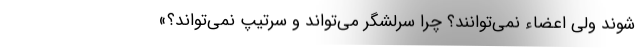
شوند ولی اعضاء نمی‌توانند؟ چرا سرلشگر می‌تواند و سرتیپ نمی‌تواند؟»